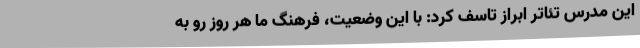
این مدرس تئاتر ابراز تاسف کرد: با این وضعیت، فرهنگ ما هر روز رو به